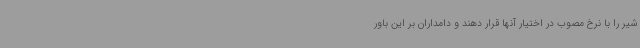
شیر را با نرخ مصوب در اختیار آنها قرار دهند و دامداران بر این باور